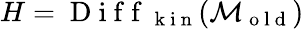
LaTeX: H=\mathrm{~D~i~f~f~}_{\mathrm{~k~i~n~}}(\mathcal{M}_{\mathrm{~o~l~d~}})